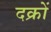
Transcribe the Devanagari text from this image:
दक्रों